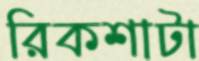
রিকশাটা